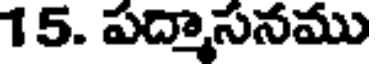
15. పద్మాసనము